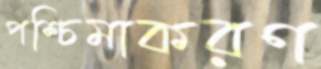
পশ্চিমাকরণ